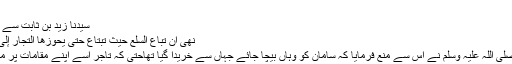
”
سیدنا زید بن ثابت ؓسے روایت ہے :
نَهی أَنْ تُبَاعَ السِّلَعُ حَیْثُ تُبْتَاعُ حَتَّی یَحُوزَها التُّجَّارُ إِلَی رِحَالِهمْ 12
”رسول اللہ صلی اللہ علیہ وسلم نے اِس سے منع فرمایا کہ سامان کو وہاں بیچا جائے جہاں سے خریدا گیا تھاحتیٰ کہ تاجر اسے اپنے مقامات پر منتقل کر لیں ۔